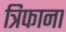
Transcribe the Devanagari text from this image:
त्रिफाना